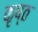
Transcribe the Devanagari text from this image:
कृष्ठ